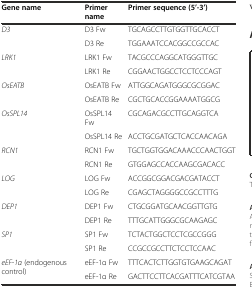
| Gene name | Primer name | Primer sequence (5’-3’) |
 | --- | --- | --- |
 | <ROWSPAN=2> D3 | D3 Fw | TGCAGCCTTGTGGTTGCACCT |
 | D3 Re | TGGAAATCCACGGCCGCCAC |
 | <ROWSPAN=2> LRK1 | LRK1 Fw | TACGCCCAGGCATGGGTTGC |
 | LRK1 Re | CGGAACTGGCCTCCTCCCAGT |
 | <ROWSPAN=2> OsEATB | OsEATB Fw | ATTGGCAGATGGGCGCGGAC |
 | OsEATB Re | CGCTGCACCGGAAAATGGCG |
 | <ROWSPAN=2> OsSPL14 | OsSPL14 Fw | CGCAGACGCCTTGCAGGTCA |
 | OsSPL14 Re | ACCTGCGATGCTCACCAACAGA |
 | <ROWSPAN=2> RCN1 | RCN1 Fw | TGCTGGTGGACAAACCCAACTGGT |
 | RCN1 Re | GTGGAGCCACCAAGCGACACC |
 | <ROWSPAN=2> LOG | LOG Fw | ACCGGCGGACGACGATACCT |
 | LOG Re | CGAGCTAGGGGCCGCCTTTG |
 | <ROWSPAN=2> DEP1 | DEP1 Fw | CTGCGGATGCAACGGTTGTG |
 | DEP1 Re | TTTGCATTGGGCGCAAGAGC |
 | <ROWSPAN=2> SP1 | SP1 Fw | TCTACTGGCTCCTCGCCGGG |
 | SP1 Re | CCGCCGCCTTCTCCTCCAAC |
 | eEF-1α (endogenous control) | eEF-1α Fw | TTTCACTCTTGGTGTGAAGCAGAT |
 |  | eEF-1α Re | GACTTCCTTCACGATTTCATCGTAA |